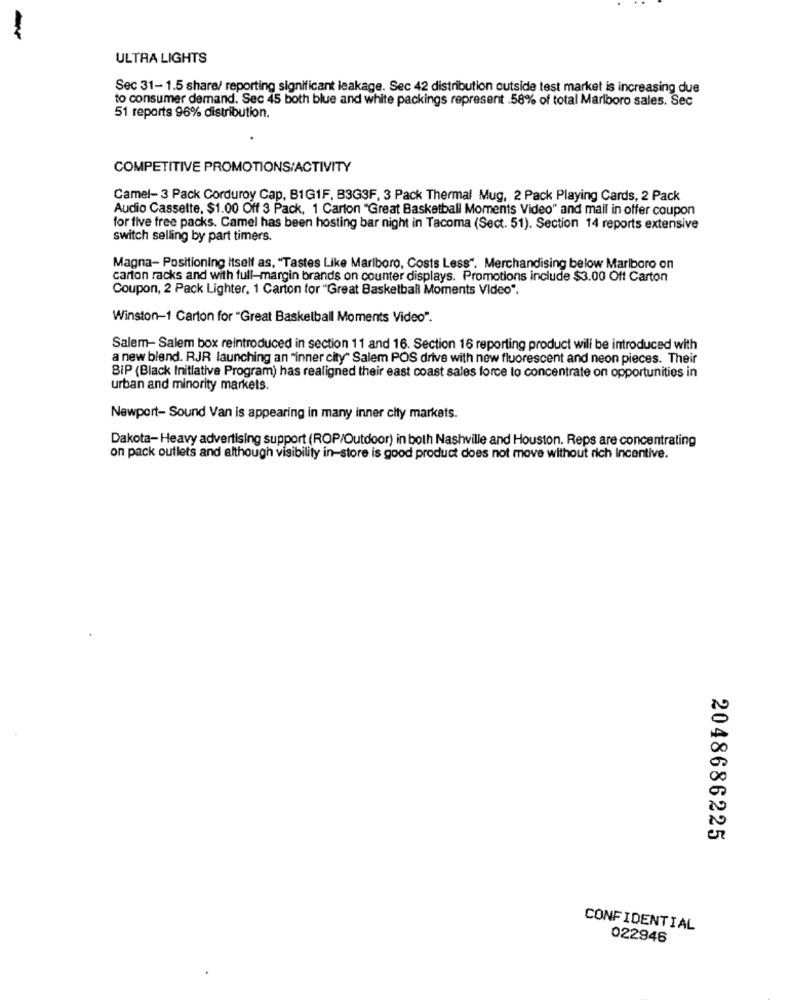
-
ULTRA LIGHTS
Sec 31-1.5 share/ reporting significant leakage. Sec 42 distribution outside test market is increasing due
to consumer demand. Sec 45 both blue and white packings represent .58% of total Marlboro sales. Sec
51 reports 96% distribution.
COMPETITIVE PROMOTIONS/ACTIVITY
Camel- 3 Pack Corduroy Cap, B1G1F. B3G3F. 3 Pack Thermal Mug, 2 Pack Playing Cards, 2 Pack
Audio Cassette, $1.00 Off 3 Pack, 1 Carton "Great Basketball Moments Video" and mail in offer coupon
for five free packs. Camel has been hosting bar night in Tacoma (Sect. 51). Section 14 reports extensive
switch selling by part timers.
Magna- Positioning itself as, "Tastes Like Marlboro, Costs Less". Merchandising below Marlboro on
carton racks and with full-margin brands on counter displays. Promotions include $3.00 Off Carton
Coupon, 2 Pack Lighter, 1 Carton for "Great Basketball Moments Video".
Winston-1 Carton for "Great Basketball Moments Video".
Salem- Salem box reintroduced in section 11 and 16. Section 16 reporting product will be introduced with
a new blend. RJR launching an "inner city" Salem POS drive with new fluorescent and neon pieces. Their
BIP (Black Initiative Program) has realigned their east coast sales force to concentrate on opportunities in
urban and minority markets.
Newport- Sound Van is appearing in many inner city markets.
Dakota- Heavy advertising support (ROP/Outdoor) in both Nashville and Houston. Reps are concentrating
on pack outlets and although visibility in-store is good product does not move without rich Incentive.
2048686225
CONFIDENTIAL
022846